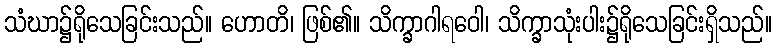
သံဃာ၌ရိုသေခြင်းသည်။ ဟောတိ၊ ဖြစ်၏။ သိက္ခာဂါရဝေါ၊ သိက္ခာသုံးပါး၌ရိုသေခြင်းရှိသည်။